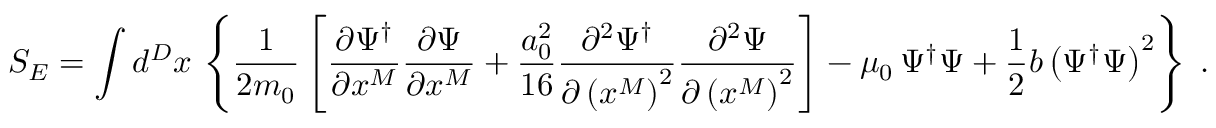
S _ { E } = \int d ^ { D } x \, \left\{ \frac { 1 } { 2 m _ { 0 } } \left[ \frac { \partial \Psi ^ { \dagger } } { \partial x ^ { M } } \frac { \partial \Psi } { \partial x ^ { M } } + \frac { a _ { 0 } ^ { 2 } } { 1 6 } \frac { \partial ^ { 2 } \Psi ^ { \dagger } } { \partial \left( x ^ { M } \right) ^ { 2 } } \frac { \partial ^ { 2 } \Psi } { \partial \left( x ^ { M } \right) ^ { 2 } } \right] - \mu _ { 0 } \, \Psi ^ { \dagger } \Psi + \frac { 1 } { 2 } b \left( \Psi ^ { \dagger } \Psi \right) ^ { 2 } \right\} \; .